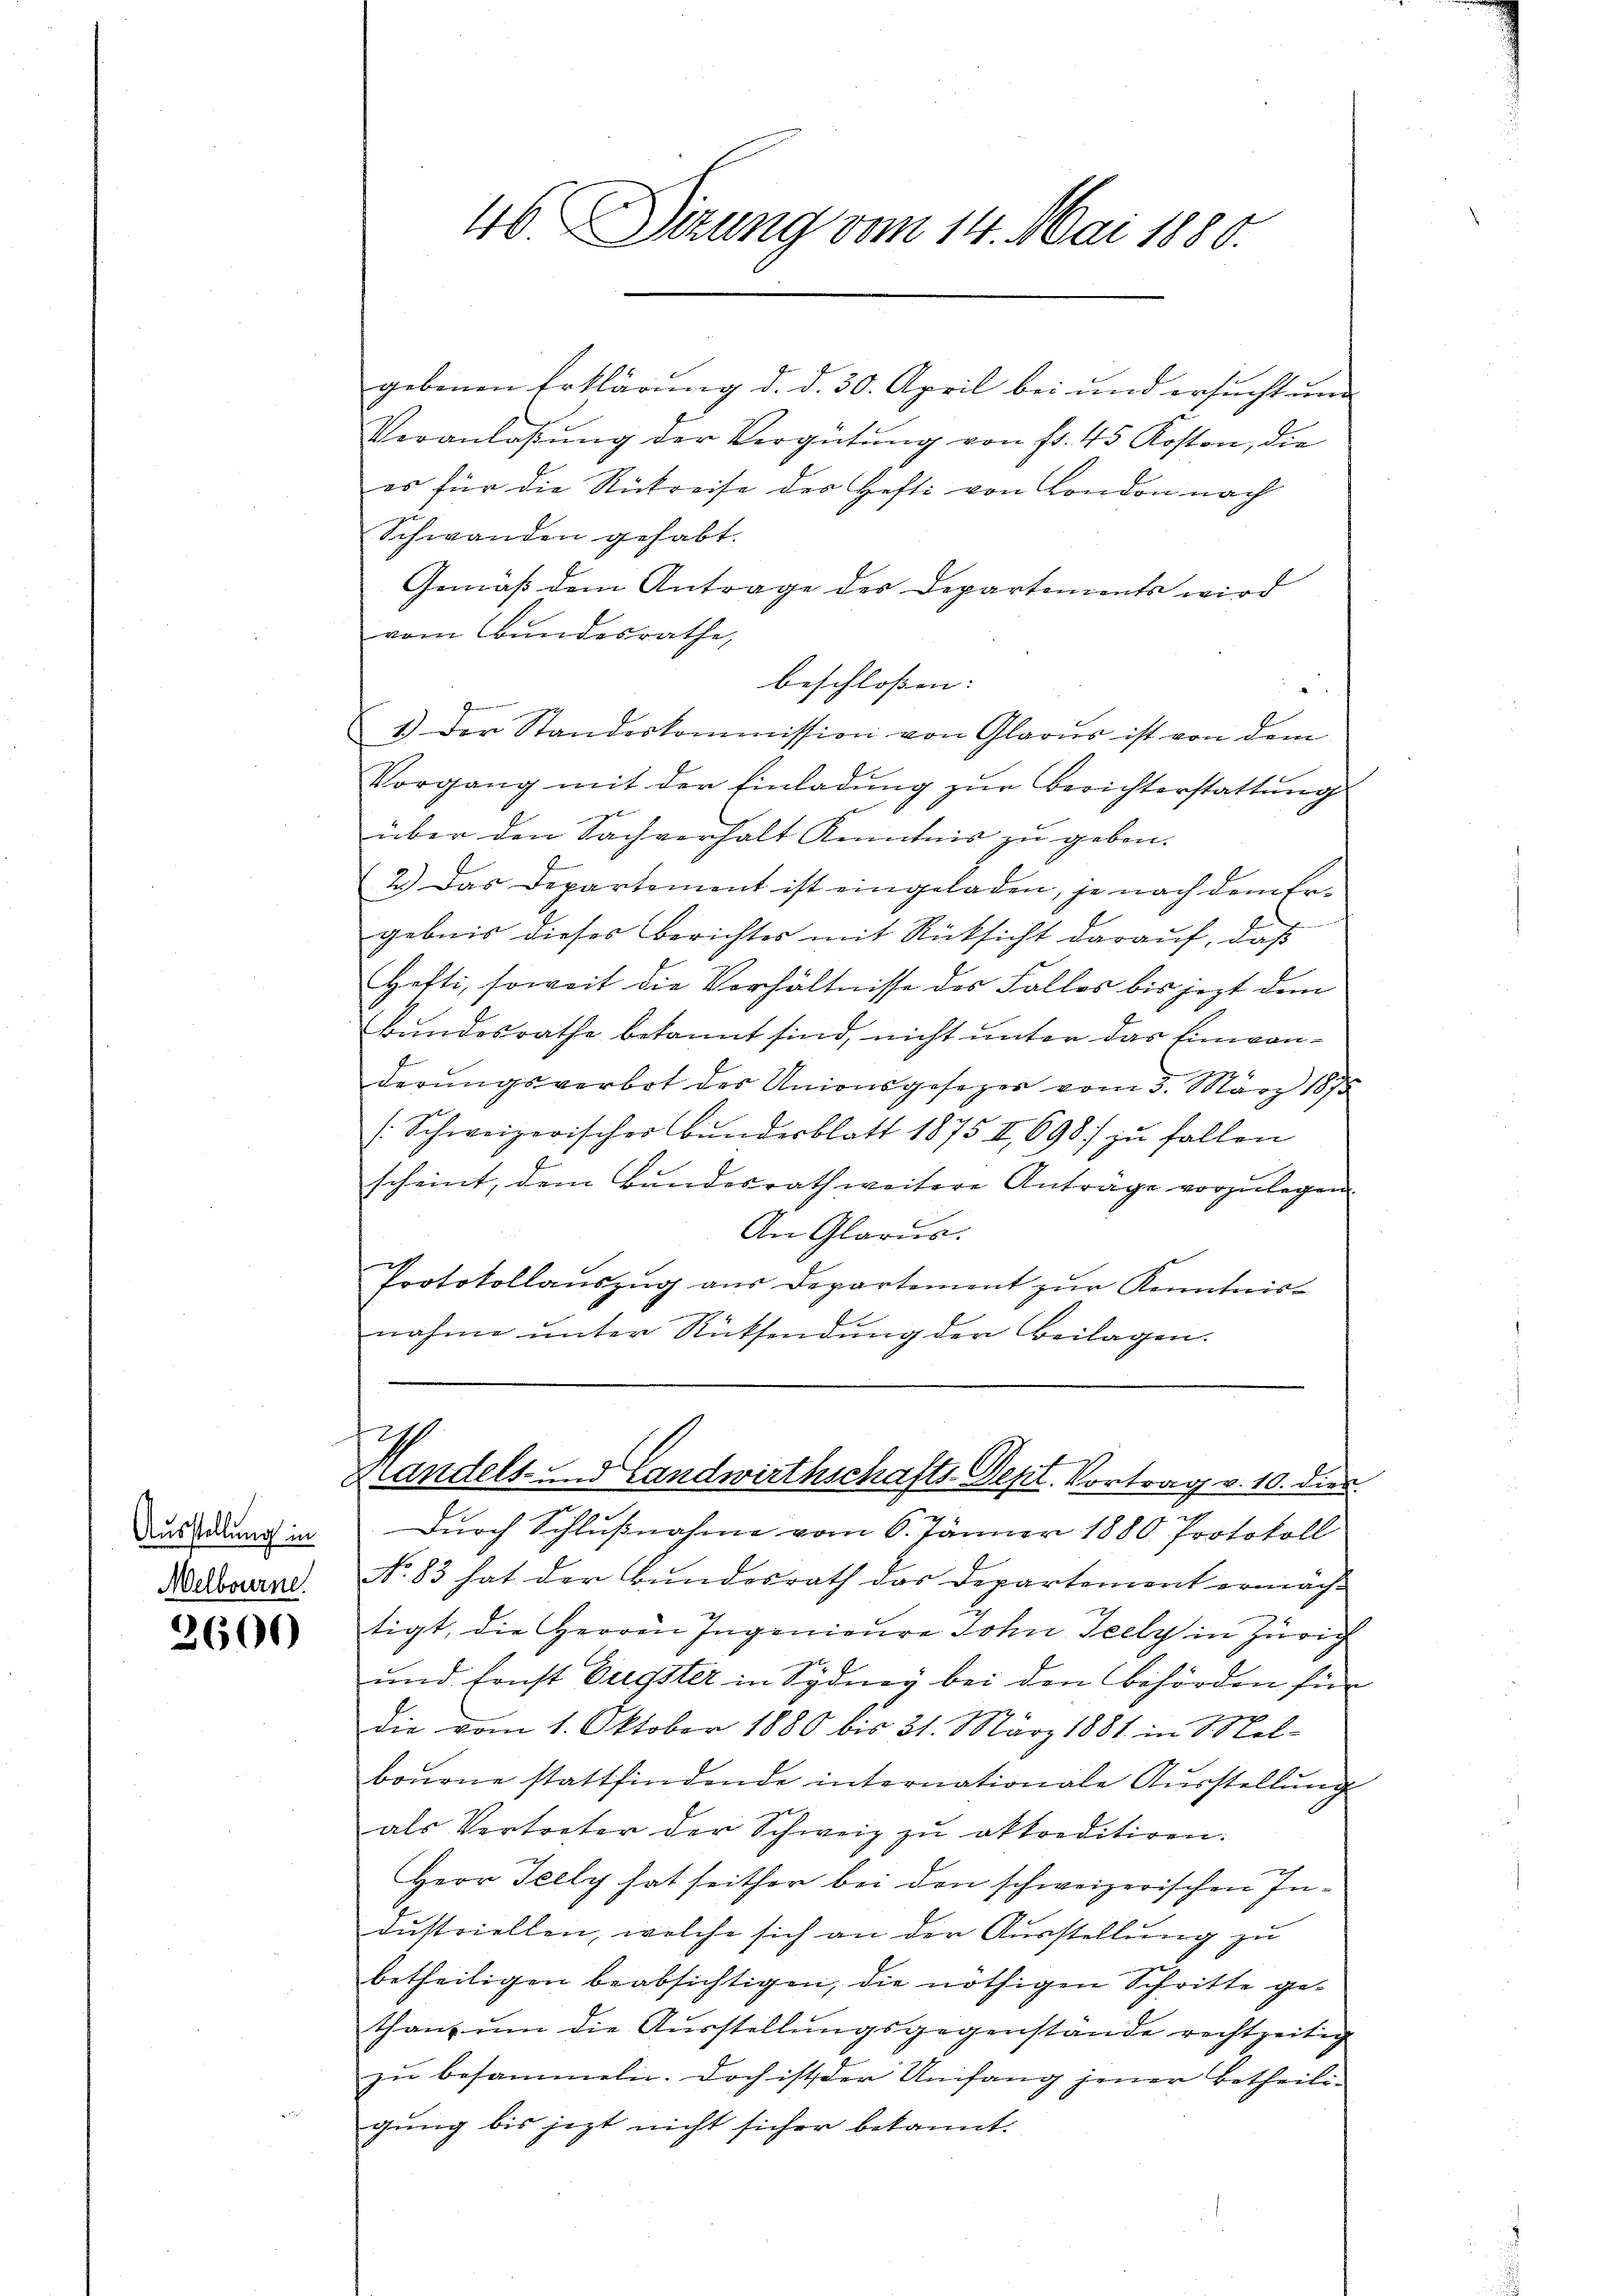
Ausstellung in
Melbourne

2600

46. Sitzung vom 14. Mai 1880.

gebenen Erklärung d. d. 30. April bei und ersucht und
Veranlassŭng der Vergütŭng von fr. 45 Kosten, die
es für die Rückreise des Hefti von London nach
Schwanden gehabt.
Gemäß dem Antrage der Departements wird
vom Bundesrathe,
beschloßen:
1.) Der Standeskommission von Glarus ist von dem
Vorgang mit der Einladung zur Berichterstattung
über den Sachverhalt Kenntnis zu geben.
2.) Das Departement ist eingeladen, je nach dem Ergebnis dieses Berichtes mit Rücksicht darauf, daß
Hefti, soweit die Verhältnisse des Falles bis jezt dem
Bundesrathe bekannt sind, nicht unter das Einvenderŭngsverbot der Unionsgesezer vom 3. März 1875
/:Schweizerischer Bunderblatt 1875 II, 698 zu fallen
scheint, dem Bundesrath weitere Anträge vorzulegen.
An Glarus.
Protokollaŭszŭg aŭs Departement zŭr Kenntnis-
nahme ŭnter Rücksendŭng der Beilagen.
h
Landels- und Landwirthschafts-Dept. Vortrag v. 10. dies
Durch Schlußnahme vom 6. Jänner 1880 Protokoll
No. 83 hat der Bundesrath das Departement ermächt
tigt, die Herren Ingenieure John. Teely in Zürich
und sonst Bregster in Sydney bei den Behörden für
die vom 1. Oktober 1880 bis 31. März 1881 in Mel-
bourne stattfindende internationale Ausstellung
als Vertreter der Schweiz zu okkreditiren.
x
Herr Felly hat seither bei den schweizerischen Industriellen, welche sich an der Ausstellung zu
betheiligen beabsichtigen, die nöthigen Schritte ge-
than, um die Ausstellungsgegenstände rechtzeitig
zu besammeln. Doch ist der Umfang jener Betheiligung bis jezt nicht sicher bekannt.